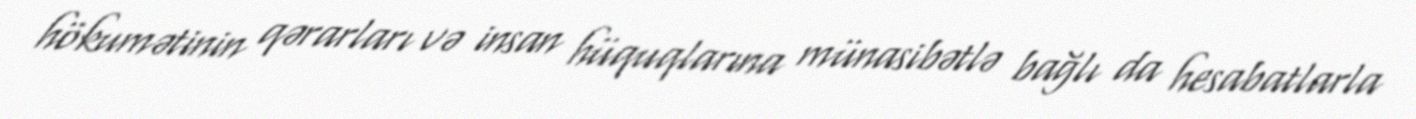
hökumətinin qərarları və insan hüquqlarına münasibətlə bağlı da hesabatlarla